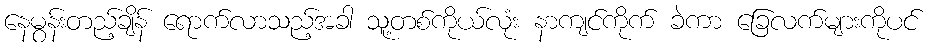
နေမွန်းတည့်ချိန် ရောက်လာသည့်အခါ သူ့တစ်ကိုယ်လုံး နာကျင်ကိုက် ခဲကာ ခြေလက်များကိုပင်